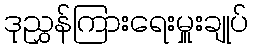
ဒုညွှန်ကြားရေးမှူးချုပ်